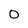
Character: 0